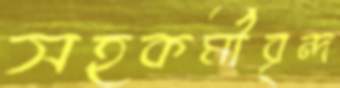
সহকর্মীবৃন্দ